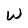
Character: W